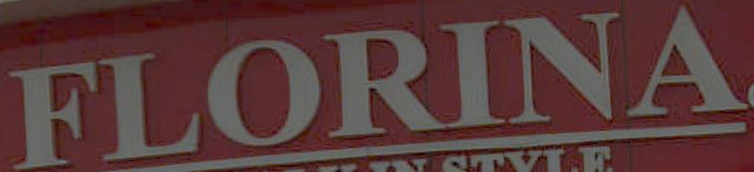
FLORINA